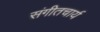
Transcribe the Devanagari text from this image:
संगीतचार्य